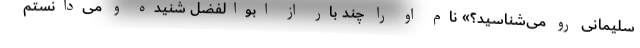
سلیمانی رو می‌شناسید؟» نام او را چند بار از ابوالفضل شنیده و می‌دانستم